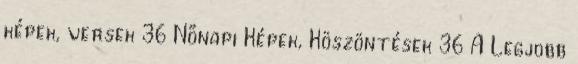
képek, versek 36 Nőnapi Képek, Köszöntések 36 A Legjobb